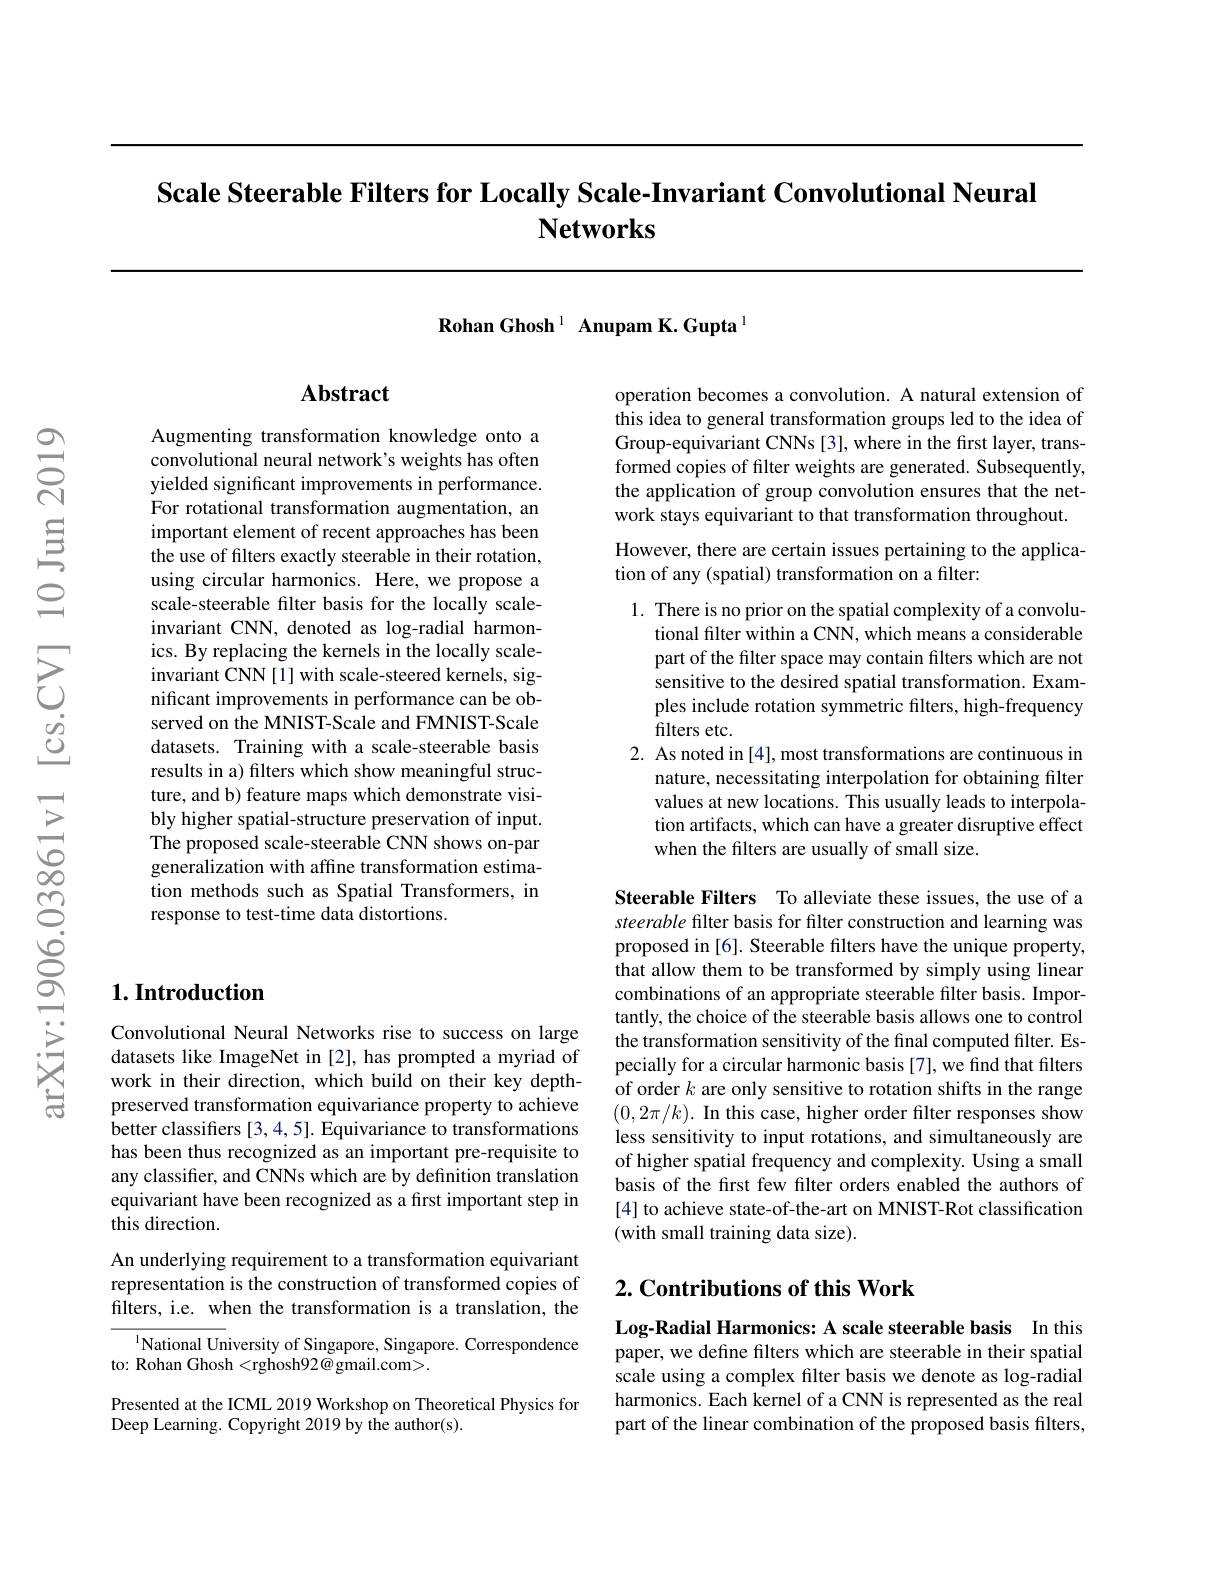
Scale Steerable Filters for Locally Scale-Invariant Convolutional Neural
# $\mathbf{Networks}$

Rohan Ghosh 1 Anupam K.Gupta l

## $1. \textbf{Introduction}$

Convolutional Neural Networks rise to success on large datasets like ImageNet in [2], has prompted a myriad of work in their direction, which build on their key depthpreserved transformation equivariance property to achieve better classifiers [3,4,5]. Equivariance to transformations has been thus recognized as an important pre-requisite to any classifier, and CNNs which are by definition translation equivariant have been recognized as a first important step in this direction.

An underlying requirement to a transformation equivariant representation is the construction of transformed copies of filters, i.e. when the transformation is a translation, the

$^{1}$National University of Singapore, Singapore. Correspondence
to: Rohan Ghosh <rghosh92@ gmail.com>.

Presented at the ICML 2019 Workshop on Theoretical Physics for
Deep Learning. Copyright 2019 by the author(s).

## $\mathbf{Abstract}$

Augmenting transformation knowledge onto a convolutional neural network's weights has often yielded significant improvements in performance. For rotational transformation augmentation, an important element of recent approaches has been the use of filters exactly steerable in their rotation, using circular harmonics. Here, we propose a scale-steerable filter basis for the locally scaleinvariant CNN, denoted as log-radial harmonics. By replacing the kernels in the locally scaleinvariant CNN[1] with scale-steered kernels, significant improvements in performance can be observed on the MNIST-Scale and FMNIST-Scale datasets. Training with a scale-steerable basis results in a) filters which show meaningful structure, and b) feature maps which demonstrate visibly higher spatial-structure preservation of input. The proposed scale-steerable CNN shows on-par generalization with affine transformation estimation methods such as Spatial Transformers, in response to test-time data distortions.

operation becomes a convolution. A natural extension of this idea to general transformation groups led to the idea of Group-equivariant CNNs [3], where in the first layer, transformed copies of filter weights are generated. Subsequently, the application of group convolution ensures that the network stays equivariant to that transformation throughout. However, there are certain issues pertaining to the application of any (spatial) transformation on a filter:

1. There is no prior on the spatial complexity of a convolu-
tional filter within a CNN, which means a considerable part of the filter space may contain filters which are not sensitive to the desired spatial transformation. Examples include rotation symmetric filters, high-frequency filters etc.
2. As noted in [4], most transformations are continuous in
nature, necessitating interpolation for obtaining filter values at new locations. This usually leads to interpolation artifacts, which can have a greater disruptive effect when the filters are usually of small size.

Steerable Filters To alleviate these issues, the use of a steerable filter basis for filter construction and learning was proposed in [6]. Steerable filters have the unique property, that allow them to be transformed by simply using linear combinations of an appropriate steerable filter basis. Importantly, the choice of the steerable basis allows one to control the transformation sensitivity of the final computed filter. Especially for a circular harmonic basis [7], we find that filters of order $k$ are only sensitive to rotation shifts in the range $( 0, 2\pi / k) . \textbf{In this case, higher order filter responses show}$ less sensitivity to input rotations, and simultaneously are of higher spatial frequency and complexity. Using a small basis of the first few filter orders enabled the authors of [4] to achieve state-of-the-art on MNIST-Rot classification (with small training data size).

## $2. \textbf{ Contributions of this Work}$

Log-Radial Harmonics: A scale steerable basis In this paper, we define filters which are steerable in their spatial scale using a complex filter basis we denote as log-radial harmonics. Each kernel of a CNN is represented as the real part of the linear combination of the proposed basis flters,